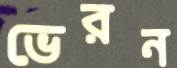
ভেরন